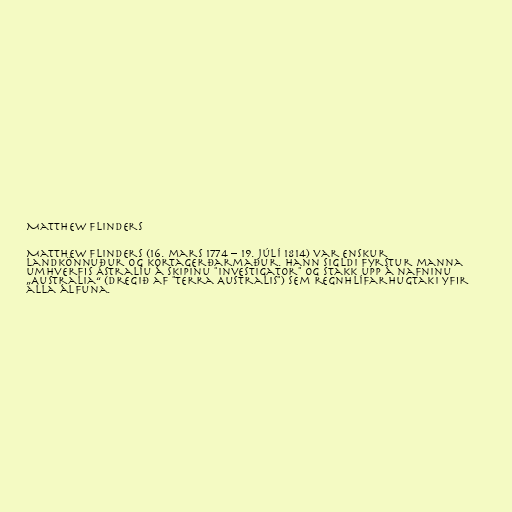
Matthew Flinders

Matthew Flinders (16. mars 1774 – 19. júlí 1814) var enskur
landkönnuður og kortagerðarmaður. Hann sigldi fyrstur manna
umhverfis Ástralíu á skipinu "Investigator" og stakk upp á nafninu
„Australia“ (dregið af "Terra Australis") sem regnhlífarhugtaki yfir
alla álfuna.